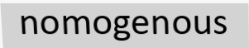
nomogenous